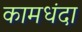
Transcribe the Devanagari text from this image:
कामधंदा